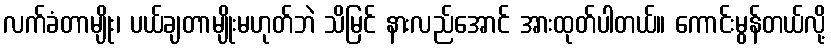
လက်ခံတာမျိုး၊ ပယ်ချတာမျိုးမဟုတ်ဘဲ သိမြင် နားလည်အောင် အားထုတ်ပါတယ်။ ကောင်းမွန်တယ်လို့